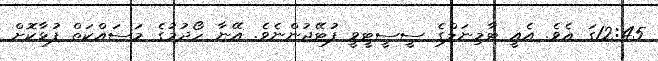
12:45ގަ އެވެ. އެއީ ޓާމިނަލްގެ ސީސީޓީވީ ފުޓޭޖުންނެވެ. އޭނާ ހޯދުމުގެ މަސައްކަތް ފުޅާކޮށް